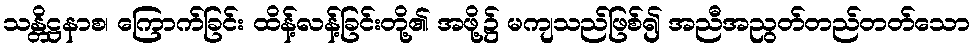
သန္တိဋ္ဌနာစ၊ ကြောက်ခြင်း ထိန့်လန့်ခြင်းတို့၏ အဖို့၌ မကျသည်ဖြစ်၍ အညီအညွတ်တည်တတ်သော